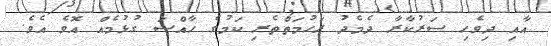
އާއި ދިވެހި ސަރުކާރާ ދެމެދު ރަހުމަތްތެރި ކަމުގެ ހާއްސަ ގުޅުމެއް އޮވެ އެވެ.